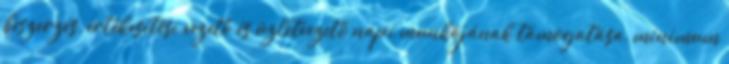
beszerzés, értékesítési vezető és üzletvezető napi munkájának támogatása, minimum